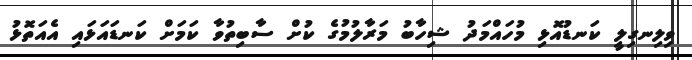
ވިލިނގިލީ ކަނޑުއޮޅި މުހައްމަދު ޝިހާބު މަރާލުމުގެ ކުށް ސާބިތުވާ ކަމަށް ކަނޑައަޅައި އެއަތޮޅު